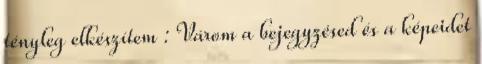
tényleg elkészítem : Várom a bejegyzésed és a képeidet